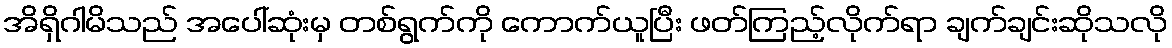
အိရှိဂါမိသည် အပေါ်ဆုံးမှ တစ်ရွက်ကို ကောက်ယူပြီး ဖတ်ကြည့်လိုက်ရာ ချက်ချင်းဆိုသလို